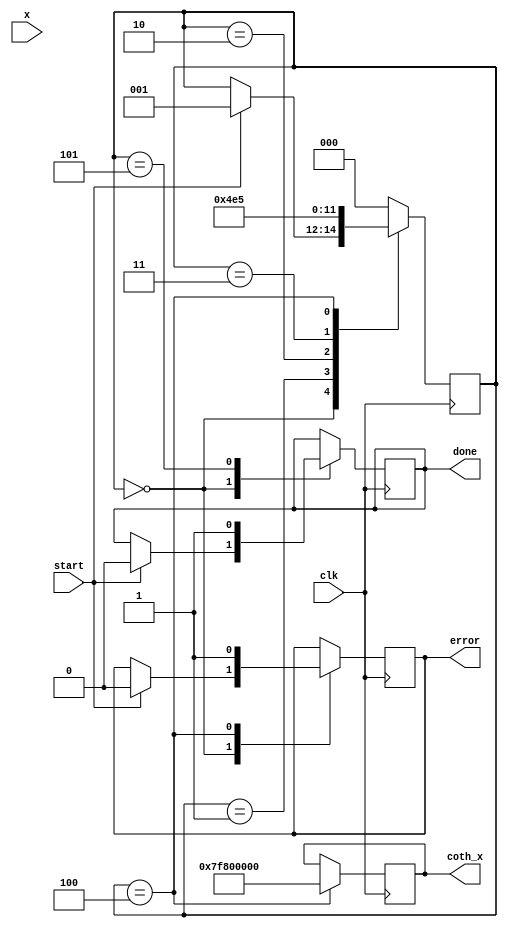
module hyperbolic_cotangent(
    input  wire [31:0] x,         // Input signal (32-bit floating point)
    output reg  [31:0] coth_x,    // Output signal (32-bit floating point)
    input  wire clk,               // Clock signal
    input  wire start,             // Start signal
    output reg  done,              // Done signal
    output reg  error              // Error flag for division by zero
);

    // Internal signals
    wire [31:0] exp_x;             // e^x
    wire [31:0] exp_neg_x;         // e^(-x)
    wire [31:0] cosh_x;            // cosh(x)
    wire [31:0] sinh_x;            // sinh(x)
    wire [31:0] temp_coth;         // Temporary result for coth(x)
    reg  [2:0] state;              // State machine for control logic

    // State definitions
    localparam IDLE = 3'b000,
               CALC_EXP = 3'b001,
               CALC_COSH = 3'b010,
               CALC_SINH = 3'b011,
               DIVIDE = 3'b100,
               DONE = 3'b101;

    // Exponential calculation (placeholder)
    function [31:0] exp_func(input [31:0] val);
        begin
            // Placeholder for exponential calculation
            // For actual implementation, use CORDIC or lookup table
            exp_func = 32'h40000000; // e^0 = 1 (for demonstration purposes)
        end
    endfunction

    // Combinational logic for hyperbolic functions
    always @* begin
        exp_x = exp_func(x);
        exp_neg_x = exp_func(-x);
        cosh_x = (exp_x + exp_neg_x) >> 1; // cosh(x)
        sinh_x = (exp_x - exp_neg_x) >> 1; // sinh(x)
    end

    // State machine for control logic
    always @(posedge clk) begin
        case (state)
            IDLE: begin
                if (start) begin
                    done <= 0;
                    error <= 0;
                    state <= CALC_EXP;
                end
            end
            
            CALC_EXP: begin
                // Move to calculate hyperbolic functions
                state <= CALC_COSH;
            end
            
            CALC_COSH: begin
                // Move to calculate sinh
                state <= CALC_SINH;
            end
            
            CALC_SINH: begin
                // Move to division
                state <= DIVIDE;
            end
            
            DIVIDE: begin
                if (sinh_x == 32'h00000000) begin
                    error <= 1; // Division by zero
                    coth_x <= 32'h7F800000; // Set output to infinity
                end else begin
                    temp_coth = cosh_x / sinh_x; // Calculate coth(x)
                    coth_x <= temp_coth;
                end
                state <= DONE;
            end
            
            DONE: begin
                done <= 1;
                state <= IDLE; // Reset state
            end
            
            default: state <= IDLE; // Reset state on unexpected condition
        endcase
    end

endmodule